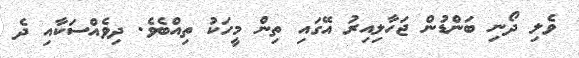
ވެލި ދޯނި ބަންޑުން ޖަހާލިއިރު އޭގައި ތިން މީހަކު ތިއްބެވެ. ދިވެއްސަކާއި ދެ